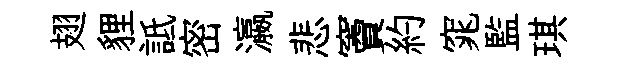
翅貍詆密瀛悲竇約窕監琪